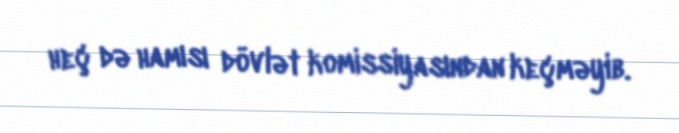
heç də hamısı dövlət komissiyasından keçməyib.